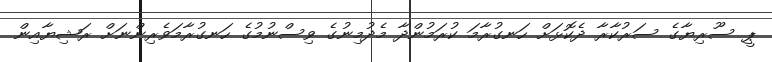
ޕީ ސޫރިޔާގެ ސަރުކާރާ ދެކޮޅަށް ހަނގުރާމަ ކުރަމުންދާ މެދުމިނުގެ ވިސްނުމުގެ ހަނގުރާމަވެރިންނަށް ރަޝިޔާއިން